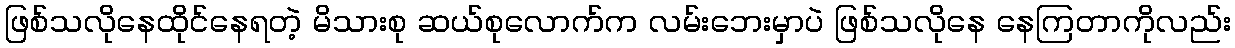
ဖြစ်သလိုနေထိုင်နေရတဲ့ မိသားစု ဆယ်စုလောက်က လမ်းဘေးမှာပဲ ဖြစ်သလိုနေ နေကြတာကိုလည်း